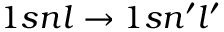
1 s n l \to 1 s n ^ { \prime } l ^ { \prime }